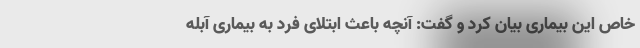
خاص این بیماری بیان کرد و گفت: آنچه باعث ابتلای فرد به بیماری آبله